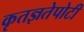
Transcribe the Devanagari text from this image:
कृतज्ञतेपोटी